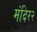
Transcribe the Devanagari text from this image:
मंदिर२